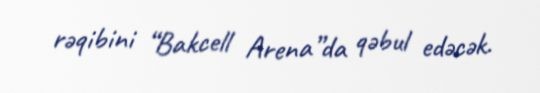
rəqibini “Bakcell Arena”da qəbul edəcək.